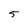
Character: 5